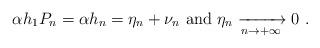
LaTeX: \begin{align*}\alpha h_1 P_n = \alpha h_n =\eta_n + \nu_n \hbox{ and } \eta_n \xrightarrow[n\to +\infty]{}0 \ .\end{align*}